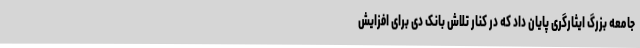
جامعه بزرگ ایثارگری پایان داد که در کنار تلاش بانک دی برای افزایش